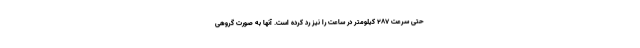
حتی سرعت ۲۸۷ کیلومتر در ساعت را نیز رد کرده است. آنها به صورت گروهی